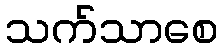
သက်သာစေ